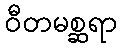
ဝီတမစ္ဆရာ